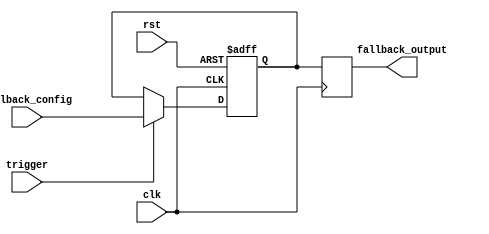
module fallback_bypass_register (
    input wire clk,
    input wire rst,
    input wire trigger,
    input wire [7:0] fallback_config,
    output reg [7:0] fallback_output
);

reg [7:0] fallback_reg;

always @(posedge clk or posedge rst) begin
    if (rst) begin
        fallback_reg <= 8'b00000000;
    end else if (trigger) begin
        fallback_reg <= fallback_config;
    end
end

always @(posedge clk) begin
    fallback_output <= fallback_reg;
end

endmodule